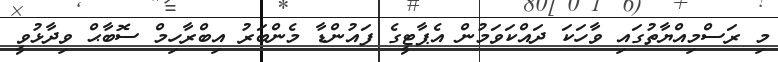
މި ރަސްމިއްޔާތުގައި ވާހަކަ ދައްކަވަމުން އެޕާޓީގެ ފައުންޑާ މެންބަރު އިބްރާހިމް ސޮބާޙް ވިދާޅުވީ